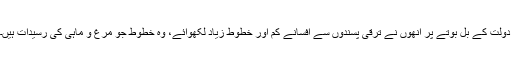
دولت کے بل بوتے پر انھوں نے ترقی پسندوں سے افسانے کم اور خطوط زیاد لکھوائے، وہ خطوط جو مرغ و ماہی کی رسيدات ہیں۔